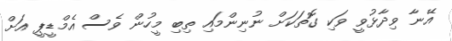
އޭނާ ވިދާޅުވީ ވަކި ގޮތަކަށް ނުނިންމައި ތިބި މީހުން ވެސް އެމްޑީޕީ އަށް